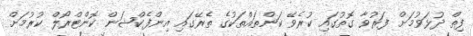
ފިތް ދުޅަވުމަށް ފަރުވާ ގޮތުގައި ކުރެވޭ ކަންތައްތަކުގެ ތެރޭގައި އިންފެކްޝަން ކޮންޓްރޯލް ކުރުމަށް